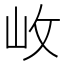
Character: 𡵲